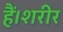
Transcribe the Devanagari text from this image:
हैं।शरीर